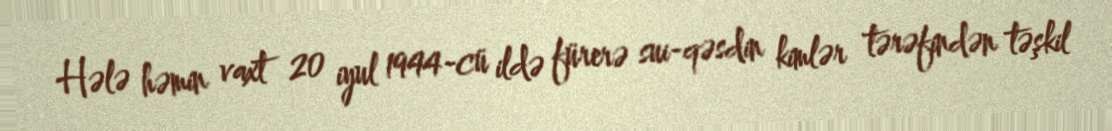
Hələ həmin vaxt 20 iyul 1944-cü ildə fürerə sui-qəsdin kimlər tərəfindən təşkil